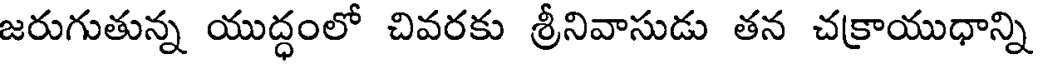
జరుగుతున్న యుద్ధంలో చివరకు శ్రీనివాసుడు తన చక్రాయుధాన్ని